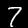
Label: 7